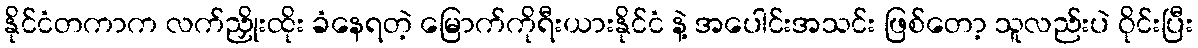
နိုင်ငံတကာက လက်ညှိုးထိုး ခံနေရတဲ့ မြောက်ကိုရီးယားနိုင်ငံ နဲ့ အပေါင်းအသင်း ဖြစ်တော့ သူလည်းပဲ ဝိုင်းပြီး